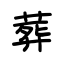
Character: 葬